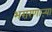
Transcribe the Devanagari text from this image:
भरारणाऱ्या